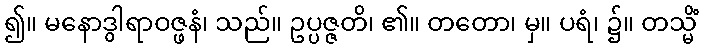
၍။ မနောဒွါရာဝဇ္ဖနံ၊ သည်။ ဥပ္ပဇ္ဇတိ၊ ၏။ တတော၊ မှ။ ပရံ၊ ၌။ တသ္မိံ